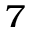
_ 7